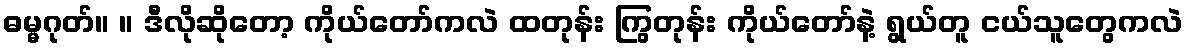
ဓမ္မဂုတ်။ ။ ဒီလိုဆိုတော့ ကိုယ်တော်ကလဲ ထတုန်း ကြွတုန်း ကိုယ်တော်နဲ့ ရွယ်တူ ငယ်သူတွေကလဲ